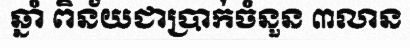
ឆ្នាំ ពិន័យជាប្រាក់ចំនួន ៣លាន